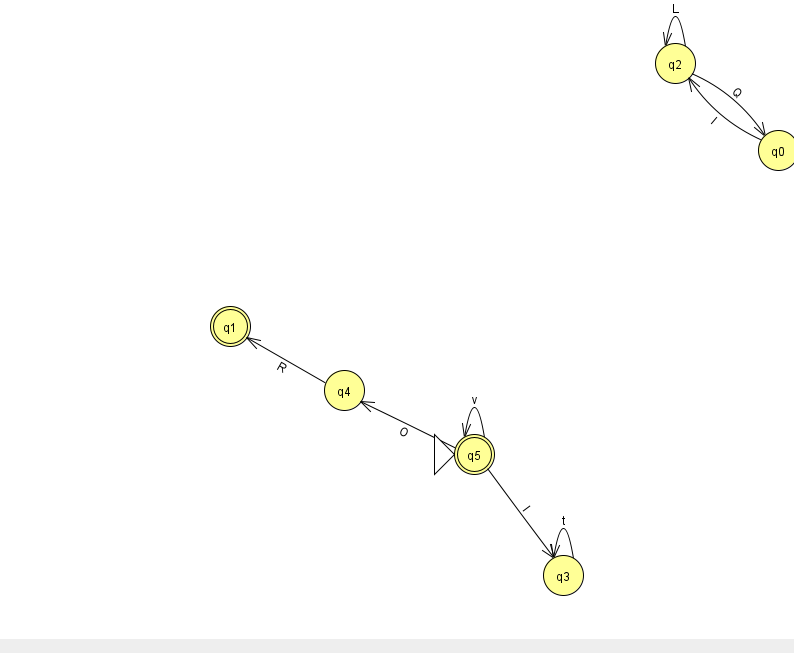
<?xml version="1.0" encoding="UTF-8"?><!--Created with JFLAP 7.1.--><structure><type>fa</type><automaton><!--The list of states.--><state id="0" name="q0"><x>778.0</x><y>137.0</y></state><state id="1" name="q1"><x>230.0</x><y>313.0</y><final/></state><state id="2" name="q2"><x>675.0</x><y>50.0</y></state><state id="3" name="q3"><x>563.0</x><y>562.0</y></state><state id="4" name="q4"><x>344.0</x><y>377.0</y></state><state id="5" name="q5"><x>474.0</x><y>441.0</y><initial/><final/></state><!--The list of transitions.--><transition><from>3</from><to>3</to><read>t</read></transition><transition><from>4</from><to>1</to><read>R</read></transition><transition><from>2</from><to>0</to><read>Q</read></transition><transition><from>5</from><to>4</to><read>O</read></transition><transition><from>5</from><to>5</to><read>v</read></transition><transition><from>0</from><to>2</to><read>l</read></transition><transition><from>2</from><to>2</to><read>L</read></transition><transition><from>5</from><to>3</to><read>l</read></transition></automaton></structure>